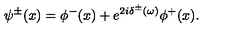
\psi ^ { \pm } ( x ) = \phi ^ { - } ( x ) + e ^ { 2 i \delta ^ { \pm } ( \omega ) } \phi ^ { + } ( x ) .